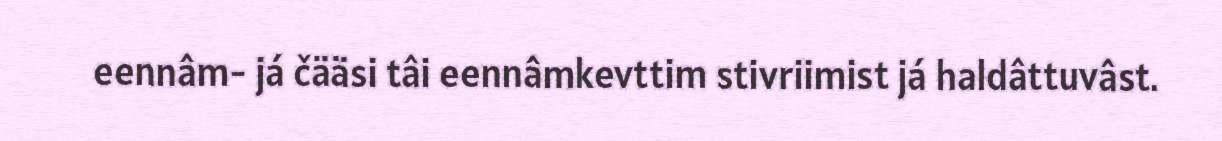
eennâm- já čääsi tâi eennâmkevttim stivriimist já haldâttuvâst.